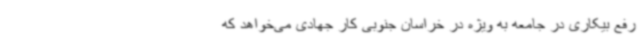
رفع بیکاری در جامعه به ویژه در خراسان جنوبی کار جهادی می‌خواهد که